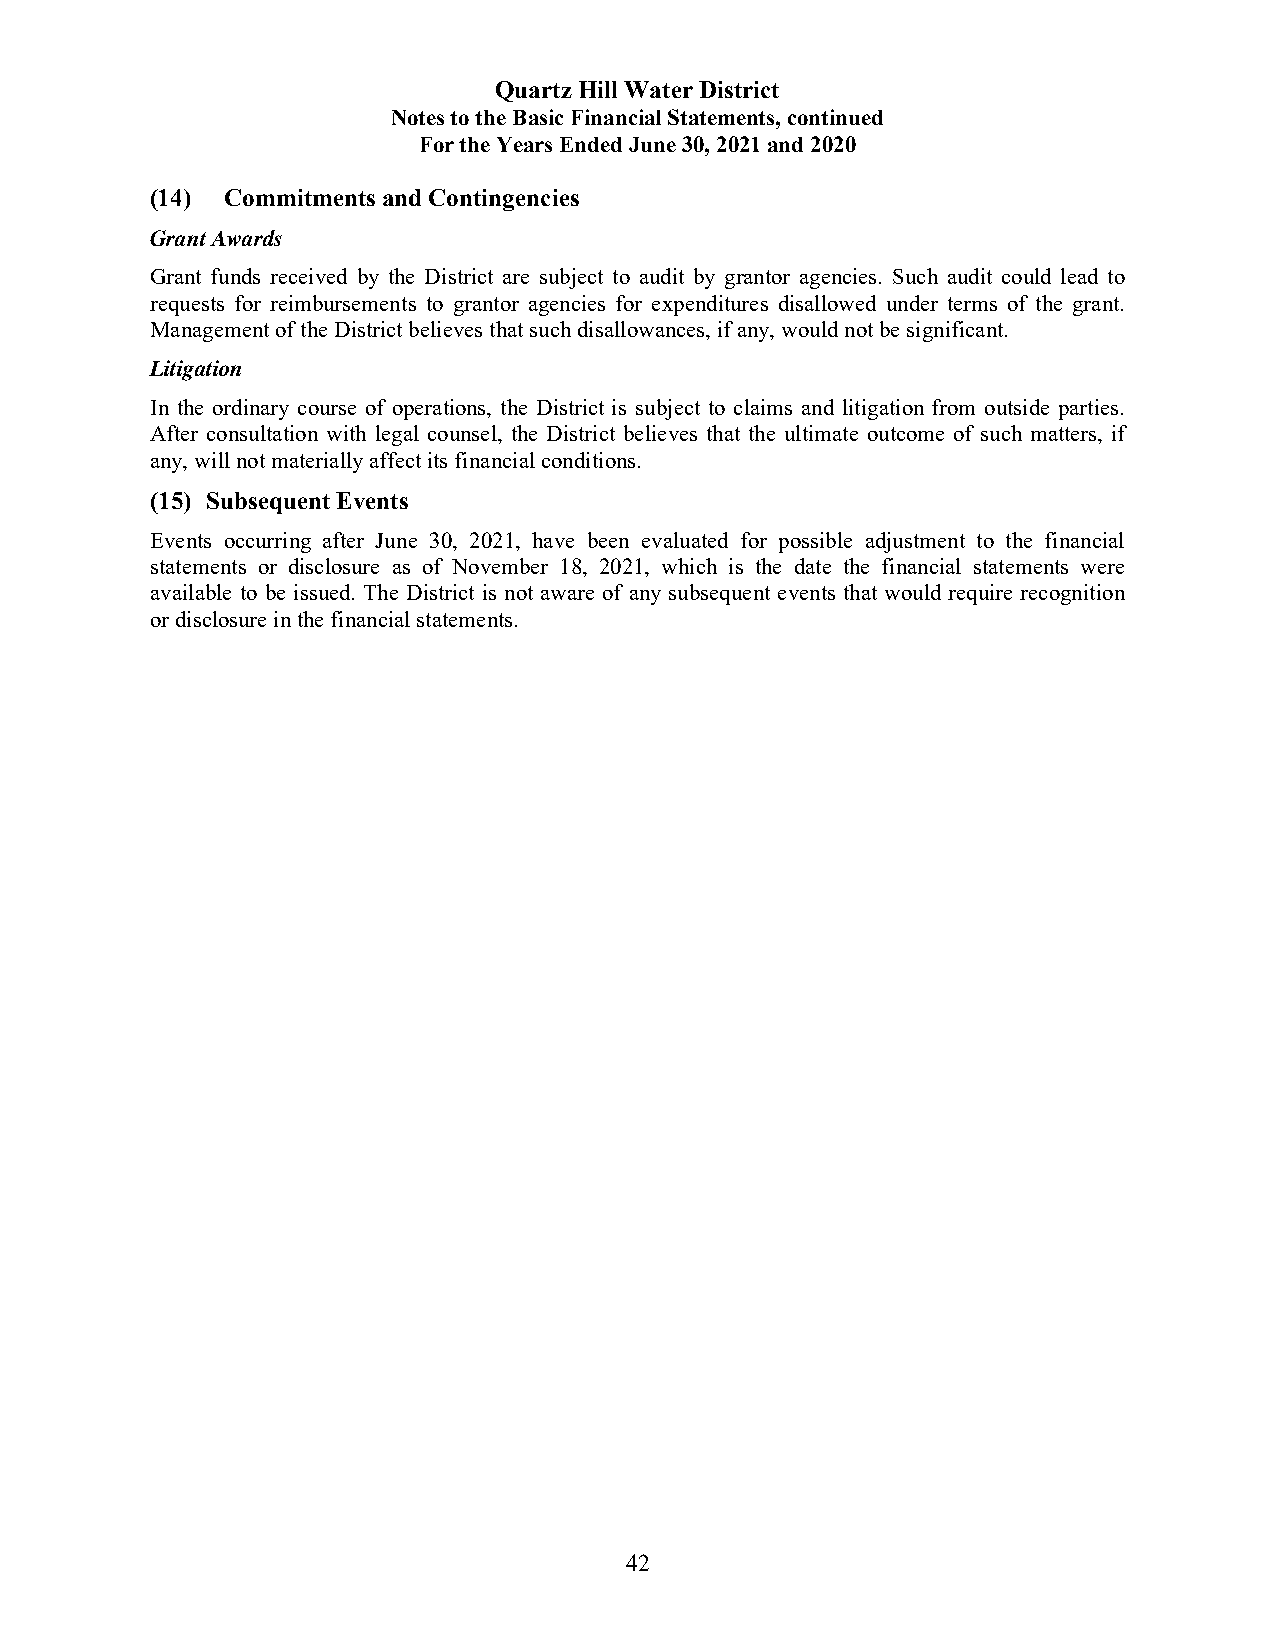
Quartz Hill Water District
 Notes to the Basic Financial Statements, continued
 For the Years Ended June 30, 2021 and 2020
 (14) Commitments and Contingencies
 Grant Awards
 Grant funds received by the District are subject to audit by grantor agencies. Such audit could lead to
 requests for reimbursements to grantor agencies for expenditures disallowed under terms of the grant.
 Management of the District believes that such disallowances, if any, would not be significant.
 Litigation
 In the ordinary course of operations, the District is subject to claims and litigation from outside parties.
 After consultation with legal counsel, the District believes that the ultimate outcome of such matters, if
 any, will not materially affect its financial conditions.
 (15) Subsequent Events
 Events occurring after June 30, 2021, have been evaluated for possible adjustment to the financial
 statements or disclosure as of November 18, 2021, which is the date the financial statements were
 available to be issued. The District is not aware of any subsequent events that would require recognition
 or disclosure in the financial statements.
 42